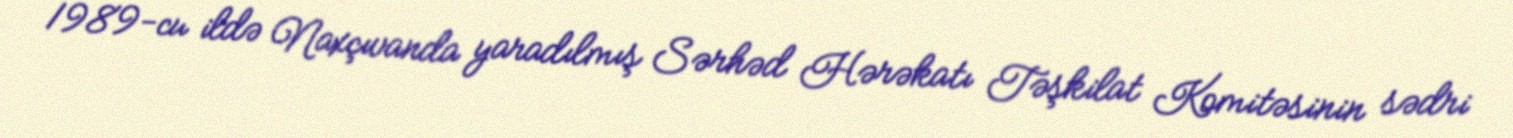
1989-cu ildə Naxçıvanda yaradılmış Sərhəd Hərəkatı Təşkilat Komitəsinin sədri